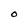
Character: O